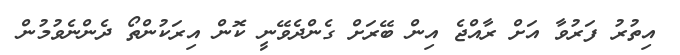
އިތުރު ފަރުވާ އަށް ރާއްޖެ އިން ބޭރަށް ގެންދެވޭނީ ކޮން އިރަކުންތޯ ދެންނެވުމުން